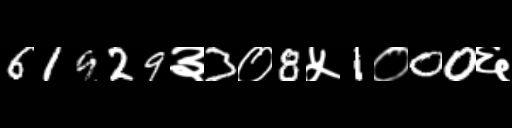
Text: 61929३3०8५1०00६